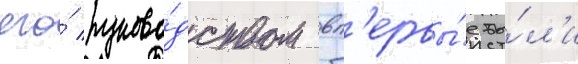
его́ руково́дством вп'ервы́е бы́л'и